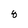
Character: 8